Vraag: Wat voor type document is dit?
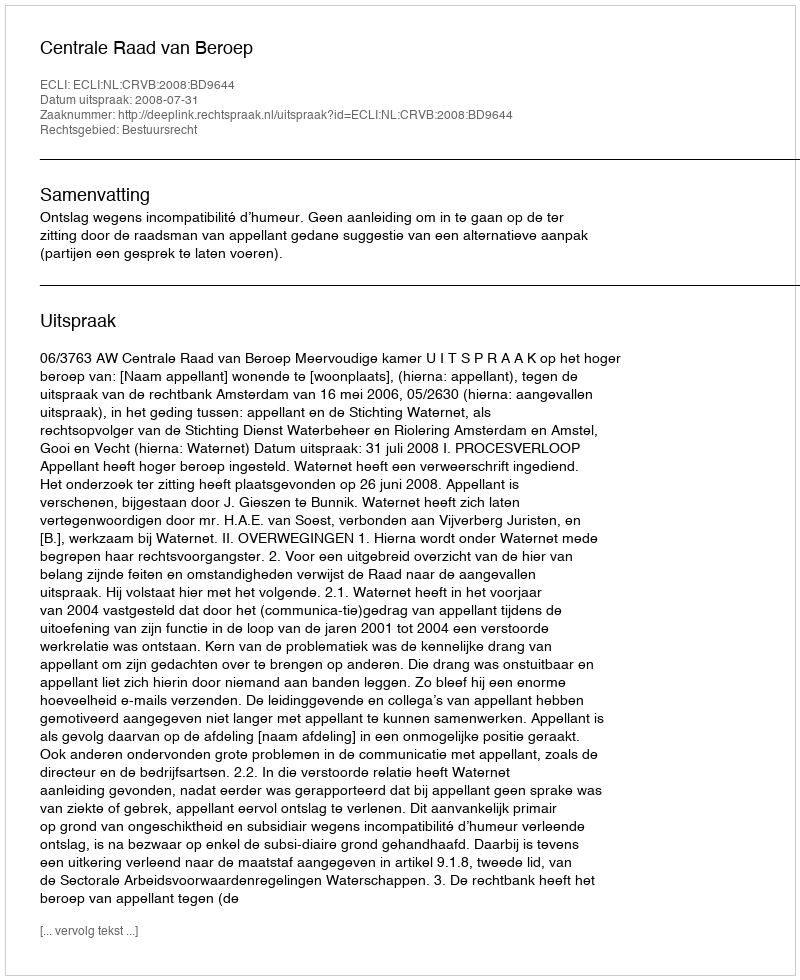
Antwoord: Uitspraak